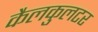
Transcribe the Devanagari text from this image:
कैलकुलटर